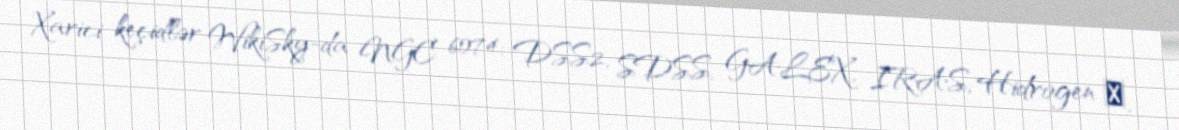
Xarici keçidlər WikiSky-da NGC 6074: DSS2, SDSS, GALEX, IRAS, Hidrogen α,